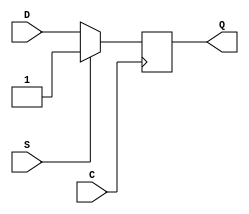
/* A Verilator model
 */
module SB_DFFSS
  ( input C,D,S,
    output reg Q
    );
   initial
     Q = 1'b0;
   always @(posedge C)
       Q <= S ? 1'b1 : D;
endmodule